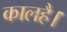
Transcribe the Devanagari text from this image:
कालहै।